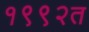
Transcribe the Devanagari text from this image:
१९९२त